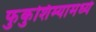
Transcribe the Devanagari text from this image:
फुकुशिम्यामध्ये